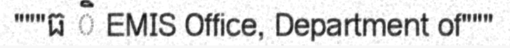
"""ធ ិ EMIS Office, Department of"""